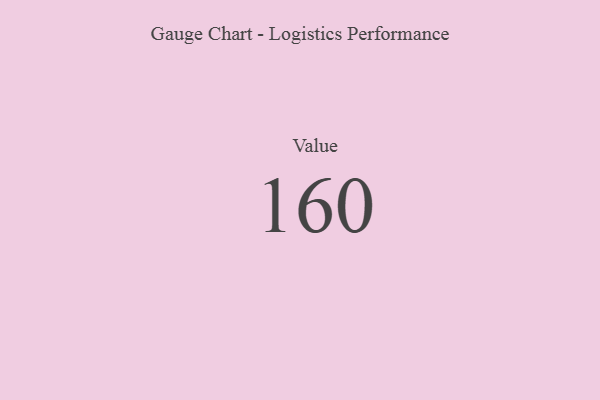
{"axis": {"x": "Metric", "y": "Value"}, "legend": [""], "data": [{"x": "Value", "y": 160, "type": ""}]}